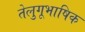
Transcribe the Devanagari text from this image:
तेलुगूभाषिक